Civil Veterinary Department. Central Provinces & Berar 1932-41 - 1932-1941
Year: 1932
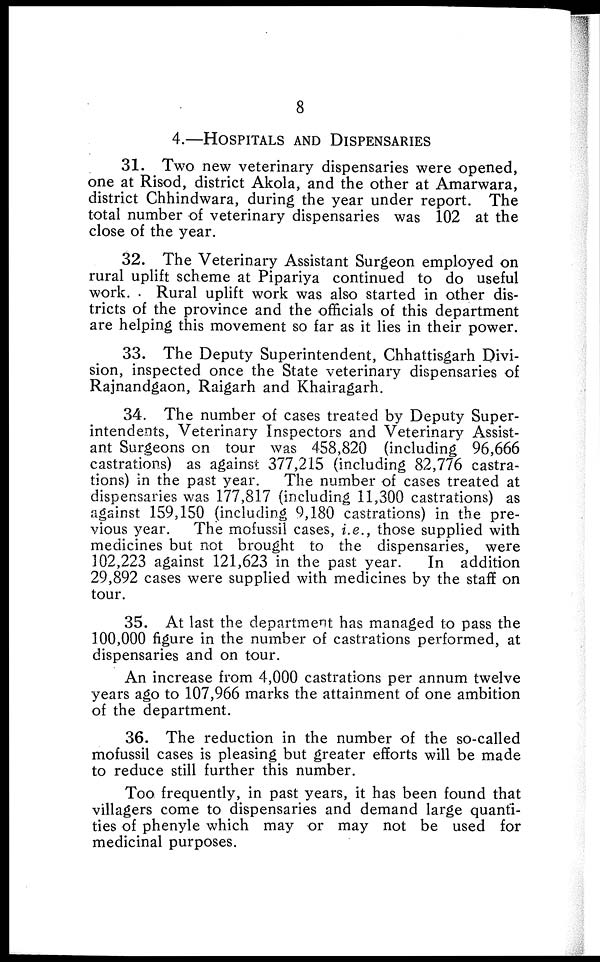
8
4.—HOSPITALS AND DISPENSARIES
31. Two new veterinary dispensaries were opened,
one at Risod, district Akola, and the other at Amarwara,
district Chhindwara, during the year under report. The
total number of veterinary dispensaries was 102 at the
close of the year.
32. The Veterinary Assistant Surgeon employed on
rural uplift scheme at Pipariya continued to do useful
work.
Rural uplift work was also started in other dis-
tricts of the province and the officials of this department
are helping this movement so far as it lies in their power.
33. The Deputy Superintendent, Chhattisgarh Divi-
sion, inspected once the State veterinary dispensaries of
Rajnandgaon, Raigarh and Khairagarh.
34. The number of cases treated by Deputy Super-
intendents, Veterinary Inspectors and Veterinary Assist-
ant Surgeons on tour was 458,820 (including 96,666
castrations) as against 377,215 (including 82,776 castra-
tions) in the past year.
The number of cases treated at
dispensaries was 177,817 (including 11,300 castrations) as
against 159,150 (including 9,180 castrations) in the pre-
vious year. The mofussil cases, i.e., those supplied with
medicines but not brought to the dispensaries, were
102,223 against 121,623 in the past year.
In addition
29,892 cases were supplied with medicines by the staff on
tour.
35. At last the department has managed to pass the
100,000 figure in the number of castrations performed, at
dispensaries and on tour.
An increase from 4,000 castrations per annum twelve
years ago to 107,966 marks the attainment of one ambition
of the department.
36. The reduction in the number of the so-called
mofussil cases is pleasing but greater efforts will be made
to reduce still further this number.
Too frequently, in past years, it has been found that
villagers come to dispensaries and demand large quanti-
ties of phenyle which may or may not be used for
medicinal purposes.